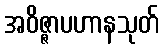
အဝိဇ္ဇာပဟာနသုတ်